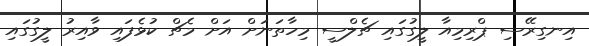
އިނގިރޭސި ޕްރިމިއާ ލީގުގައި ޗެލްސީ މިހާތަނަށް އަށް މެޗް ކުޅެފައި ވާއިރު ލީގުގައި